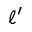
\ell ^ { \prime }